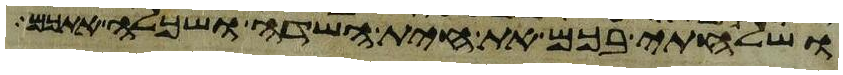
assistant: ושלחתי בכם את חית השדה ושכלה אתכם